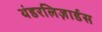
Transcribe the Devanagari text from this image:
थंडरलिज़ार्डस